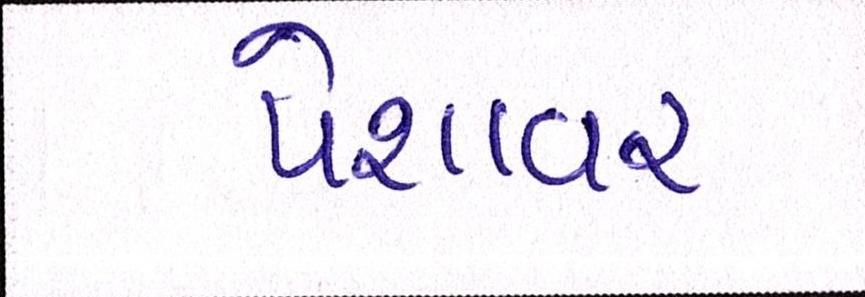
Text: પેશાવર